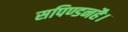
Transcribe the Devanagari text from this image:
सपिण्डनहै।